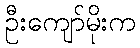
ဦးကျော်မိုးက